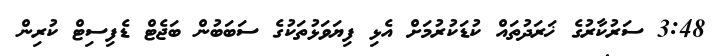
3:48 ސަރުކާރުގެ ޚަރަދުތައް ކުޑަކުރުމަށް އެޅި ފިޔަވަޅުތަކުގެ ސަބަބުން ބަޖެޓް ޑެފިސިޓް ކުރިން